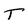
Character: T